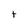
Character: t